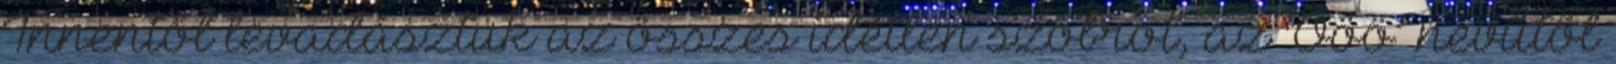
Innentől levadásztuk az összes idétlen szobrot, az ‘Ööö’ nevűtől